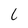
Character: 6